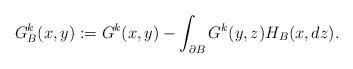
LaTeX: \begin{align*}G^k_B(x,y):=G^k(x,y)-\int_{\partial B} G^k(y,z)H_B(x,dz).\end{align*}